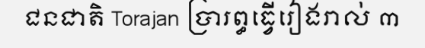
ជនជាតិ Torajan ប្រារព្ធធ្វើរៀងរាល់ ៣